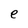
Character: e